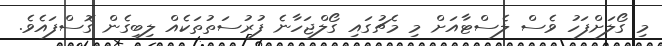
މި ގޯލަށްފަހު ވެސް ލެސްޓާއަށް މި މެޗުގައި ގޯލްޖަހާނެ ފުރުސަތުތަކެއް ލިބިގެން ގޮސްފައެވެ.